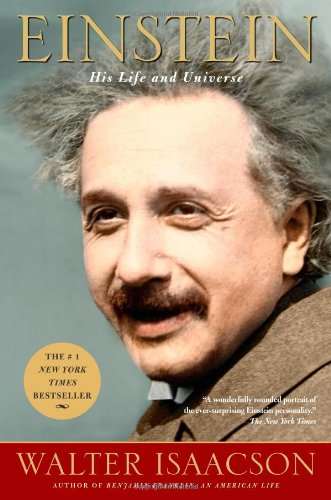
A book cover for Einstein: His Life and Universe; Walter Isaacson; Science & Math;